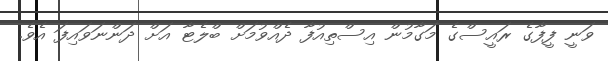
ވަނީ ފީފާގެ ރައީސްގެ މަގާމުން އިސްތިއުފާ ދެއްވުމަށް ބްލެޓާ އަށް ދަންނަވައިފަ އެވެ.